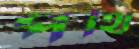
পথি